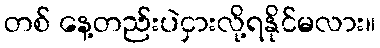
တစ် နေ့တည်းပဲငှားလို့ရနိုင်မလား။